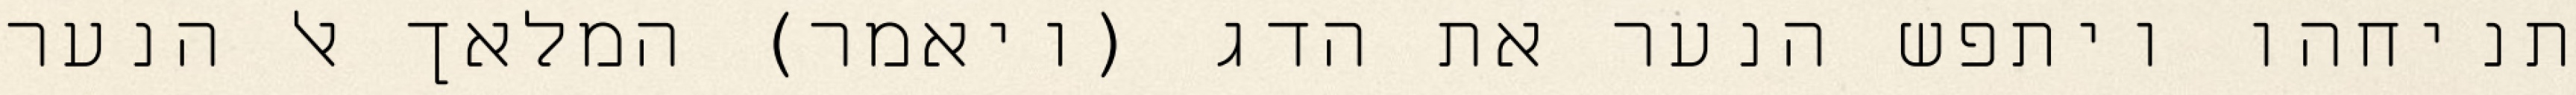
תניחהו ויתפש הנער את הדג (ויאמר) המלאך אל הנער